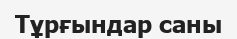
Тұрғындар саны